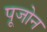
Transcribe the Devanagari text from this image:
पूजोन